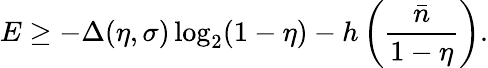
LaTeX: E\geq-\Delta(\eta,\sigma)\log_{2}(1-\eta)-h\left(\frac{\bar{n}}{1-\eta}\right).